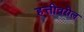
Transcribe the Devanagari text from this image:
हत्तीवरील